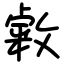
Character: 敹